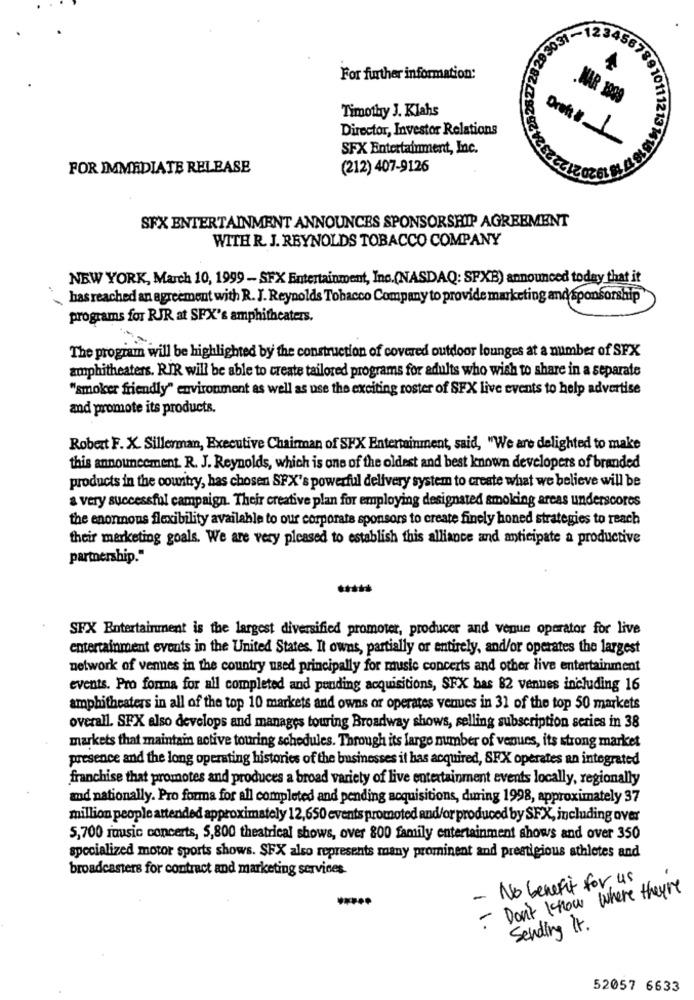
For further information:
MAR 1009
Timothy J. Klahs
Director, Investor Relations
1
SFX Entertainment, Inc.
FOR IMMEDIATE RELEASE
(212) 407-9126
SFX ENTERTAINMENT ANNOUNCES SPONSORSHIP AGREEMENT
WITH R. J. REYNOLDS TOBACCO COMPANY
NEW YORK, March 10, 1999 - SFX Entertainment, Inc.(NASDAQ: SFXB) announced today that it
has reached an agreement with R. J. Reynolds Tobacco Company to provide marketing and sponsorship
programs for RJR at SPX's amphitheaters.
The program will be highlighted by the construction of covered outdoor lounges at a number of SFX
amphitheaters. RIR will be able to create tailored programs for adults who wish to share in a separate
"smoker friendly" environment as well as use the exciting roster of SFX live events to help advertise
and promote its products.
Robert F. X. Sillerman, Executive Chairman of SFX Entertainment, said, "We are delighted to make
this announcement. R. J. Reynolds, which is one of the oldest and best known developers of branded
products in the country, has chosen SFX's powerful delivery system to create what we believe will be
a very successful campaign. Their creative plan for employing designated smoking areas underscores
the enormnous flexibility available to our corporate sponsors to create finely honed strategies to reach
their marketing goals. We are very pleased to establish this alliance and anticipate a productive
partnership."
SFX Entertainment is the largest diversified promoter, producer and venue operator for live
entertainment events in the United States. It owns, partially or entirely, and/or operates the largest
network of venues in the country used principally for music concerts and other live entertainment
events. Pro forma for all completed and pending acquisitions, SEX bas 82 vennes including 16
amphitheaters in all of the top 10 markets and owns or operates venues in 31 of the top 50 markets
overall. SFX also develops and manages towing Broadway shows, selling subscription series in 38
markets that maintain active touring schedules. Through its large number of venues, its strong market
presence and the long operating histories of the businesses it has acquired, SFX operates an integrated
franchise that promotes and produces a broad variety of live entertainment events locally, regionally
and nationally. Pro forma for all completed and pending acquisitions, during 1998, approximately 37
million people attended approximately 12,650 events promoted and/or produced by SFX, including over
5,700 music concerts, 5,800 theatrical shows, over 800 family entertainment shows and over 350
specialized motor sports shows. SFX also represents many prominent and prestigious athletes and
broadcasters for contract and marketing services.
No benefit for us
- Don't know where theyre
-
Sending It.
52057 6633